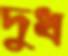
দুধ